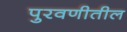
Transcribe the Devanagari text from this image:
पुरवणीतील